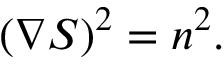
( \nabla S ) ^ { 2 } = n ^ { 2 } .